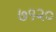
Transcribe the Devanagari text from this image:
७१२०